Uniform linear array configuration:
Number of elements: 32
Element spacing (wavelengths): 0.25
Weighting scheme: uniform
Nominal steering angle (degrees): -45
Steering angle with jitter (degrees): -43.604
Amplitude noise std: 0.05
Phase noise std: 0.05

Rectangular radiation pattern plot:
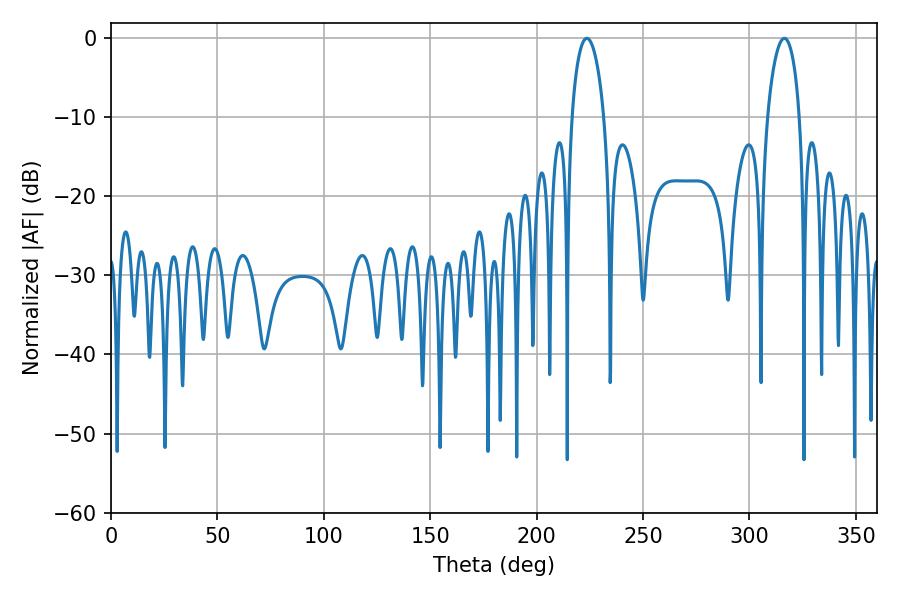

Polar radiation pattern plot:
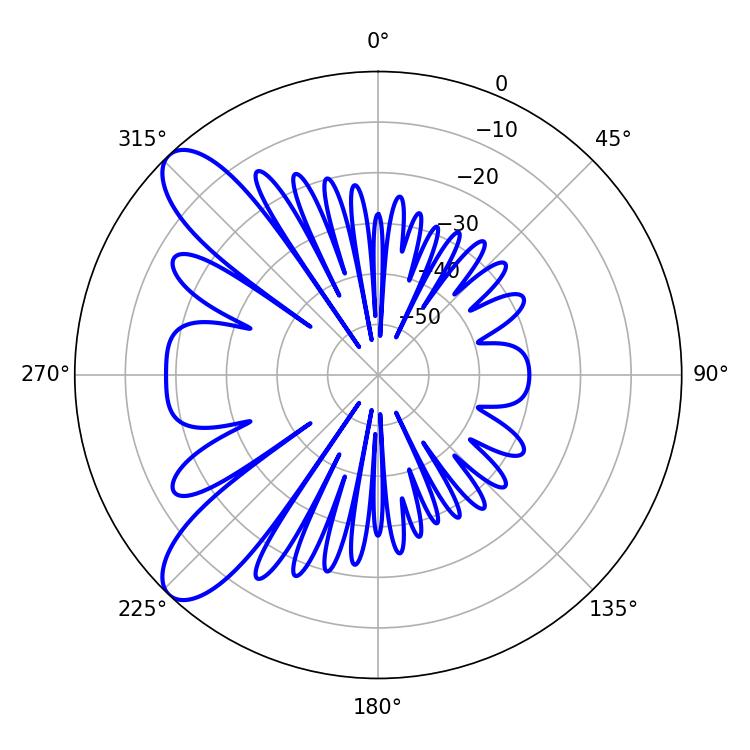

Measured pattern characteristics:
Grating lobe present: FALSE
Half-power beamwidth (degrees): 8.64
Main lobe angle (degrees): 223.56